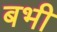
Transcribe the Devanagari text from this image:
बभी